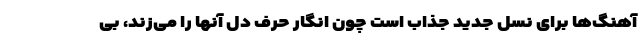
آهنگ‌ها برای نسل جدید جذاب است چون انگار حرف دل آنها را می‌زند، بی